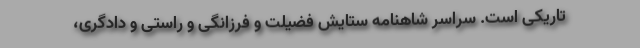
تاریکی است. سراسر شاهنامه ستایش فضیلت و فرزانگی و راستی و دادگری،